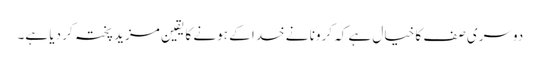
دوسری صف کا خیال ہے کہ کرونا نے خدا کے ہونے کا یقین مزید پختہ کر دیا ہے۔